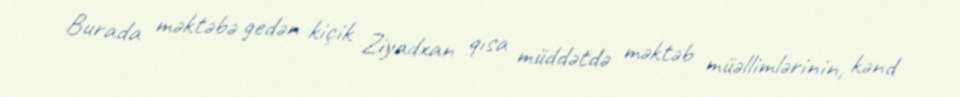
Burada məktəbə gedən kiçik Ziyadxan qısa müddətdə məktəb müəllimlərinin, kənd